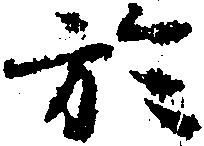
於